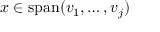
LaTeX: x \in \operatorname { s p a n } ( v _ { 1 } , \dotsc , v _ { j } )